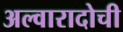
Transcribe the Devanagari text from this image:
अल्वारादोची